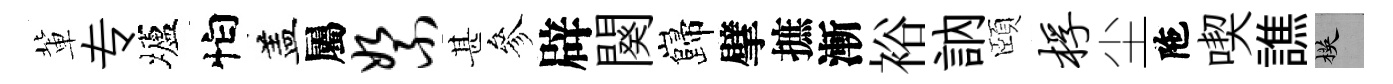
軰专壚怕盖屬絮甚參辟闋巋擘摭漸裕訥頤桴尘陁喫譙楧